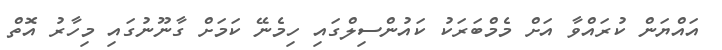
އައްޔަން ކުރައްވާ އަށް މެމްބަރަކު ކައުންސިލްގައި ހިމެނޭ ކަމަށް ގާނޫނުގައި މިހާރު އޮތް